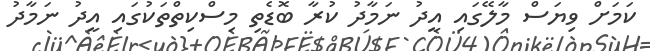
ކަމަށް ވިޔަސް މާލޭގައި އީދު ނަމާދު ކުރާ ބޮޑެތި މިސްކިތްތަކުގައި އީދު ނަމާދު